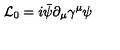
{ \cal L } _ { 0 } = i \bar { \psi } \partial _ { \mu } \gamma ^ { \mu } \psi